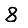
Digit: 8